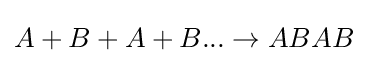
A+B+A+B...\rightarrow ABAB